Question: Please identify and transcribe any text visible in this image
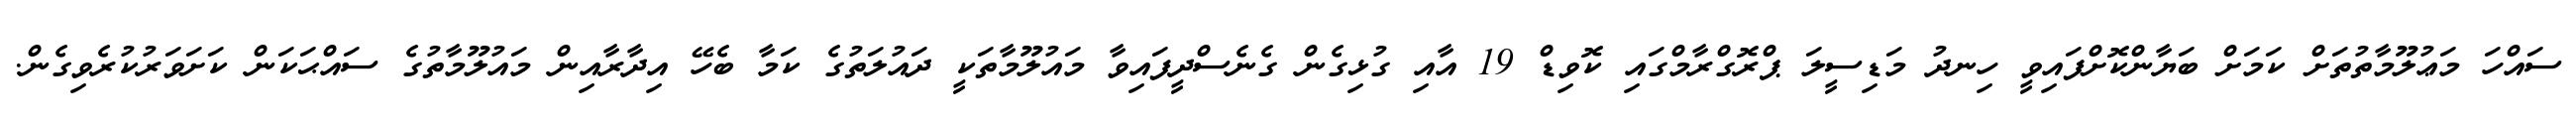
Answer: ސައްހަ މަޢުލޫމާތުތަށް ކަމަށް ބަޔާންކޮށްފައިވީ ހިނދު މަޑިސީލަ ޕްރޮގްރާމްގައި ކޮވިޑް 19 އާއި ގުޅިގެން ގެނެސްދީފައިވާ މައުލޫމާތަކީ ދައުލަތުގެ ކަމާ ބެހޭ އިދާރާއިން މައުލޫމާތުގެ ސައްޙަކަން ކަށަވަރުކުރެވިގެން.